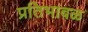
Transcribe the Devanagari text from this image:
प्रतिभाबळ